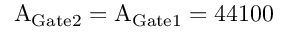
\mathrm { A _ { G a t e 2 } = A _ { G a t e 1 } = 4 4 1 0 0 }